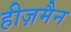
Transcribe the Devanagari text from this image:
हीज़मैन